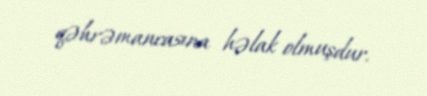
qəhrəmancasına həlak olmuşdur.